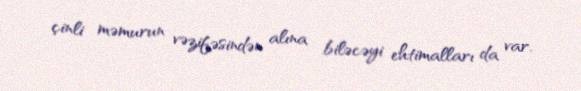
çinli məmurun vəzifəsindən alına biləcəyi ehtimalları da var.